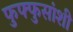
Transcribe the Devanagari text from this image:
फुफ्फुसांशी